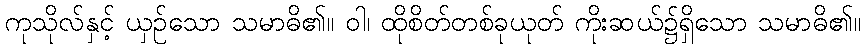
ကုသိုလ်နှင့် ယှဉ်သော သမာဓိ၏။ ဝါ၊ ထိုစိတ်တစ်ခုယုတ် ကိုးဆယ်၌ရှိသော သမာဓိ၏။